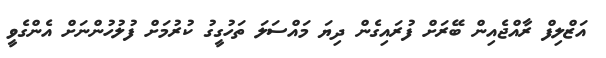
އަޒްލިފް ރާއްޖެއިން ބޭރަށް ފުރައިގެން ދިޔަ މައްސަލަ ތަހުގީގު ކުރުމަށް ފުލުހުންނަށް އެންގެވީ